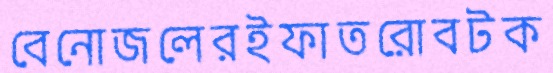
বেনোজলেরইফাতরোবটক